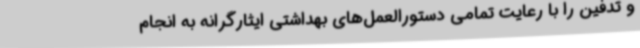
و تدفین را با رعایت تمامی دستورالعمل‌های بهداشتی ایثارگرانه به انجام